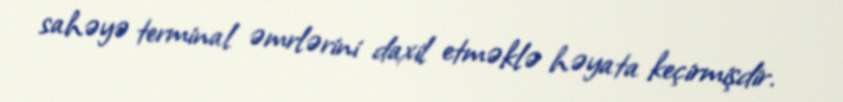
sahəyə terminal əmrlərini daxil etməklə həyata keçirmişdir.